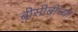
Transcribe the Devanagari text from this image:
बीसीबीच्या